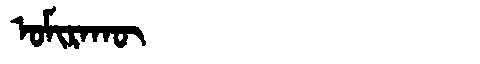
Manchu: ᠣᠮᡳᡵᠠᡴᡡ
Romanization: OMIRAKŪ